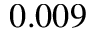
0 . 0 0 9